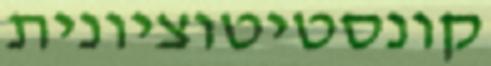
קונסטיטוציונית